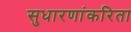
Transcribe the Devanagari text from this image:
सुधारणांकरिता